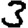
Digit: 3